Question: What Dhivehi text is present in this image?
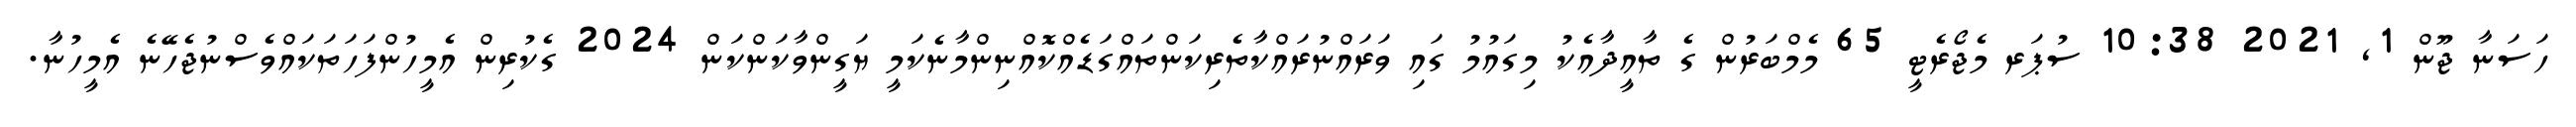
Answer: ހަސަނާ ޖޫން 1, 2021 10:38 ސުޕަރ މެޖޯރެޓީ 65 މެމްބަރުން ގެ ތާއީދާއެކު މިގައުމު ގައި ވަރައްނުރައްކާތެރިކަންތައްގަޑެއްކޮއްނިންމާނެކަމީ ޔަގީންވާކަންކަން 2024 ގެކުރިން އެމީހުންފަހަތަކައްވެސްނުޖެހޭނެ އެމީހުނާ.